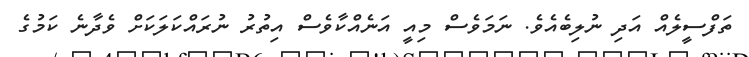
ތަފްސީލެއް އަދި ނުލިބެއެވެ. ނަމަވެސް މިއީ އަނެއްކާވެސް އިތުރު ނުރައްކަލަކަށް ވެދާނެ ކަމުގެ